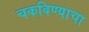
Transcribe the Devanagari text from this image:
चकविण्याचा